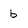
Character: b